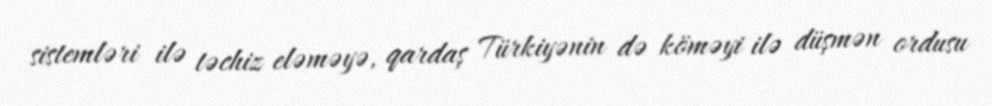
sistemləri ilə təchiz eləməyə, qardaş Türkiyənin də köməyi ilə düşmən ordusu